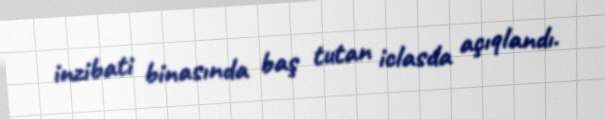
inzibati binasında baş tutan iclasda açıqlandı.